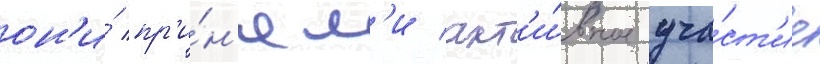
он'и́ пр'и́н'ял'и акт'и́вное уча́ст'ие